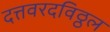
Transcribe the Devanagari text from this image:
दत्तवरदविठ्ठल